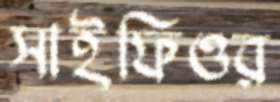
সাইফিওর